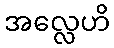
အလ္လေဟိ